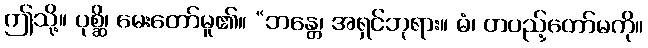
ဤသို့။ ပုစ္ဆိ၊ မေးတော်မူ၏။ “ဘန္တေ၊ အရှင်ဘုရား။ မံ၊ တပည့်တော်မကို။